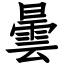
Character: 曇